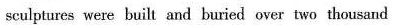
sculptures were built and buried over two thousand